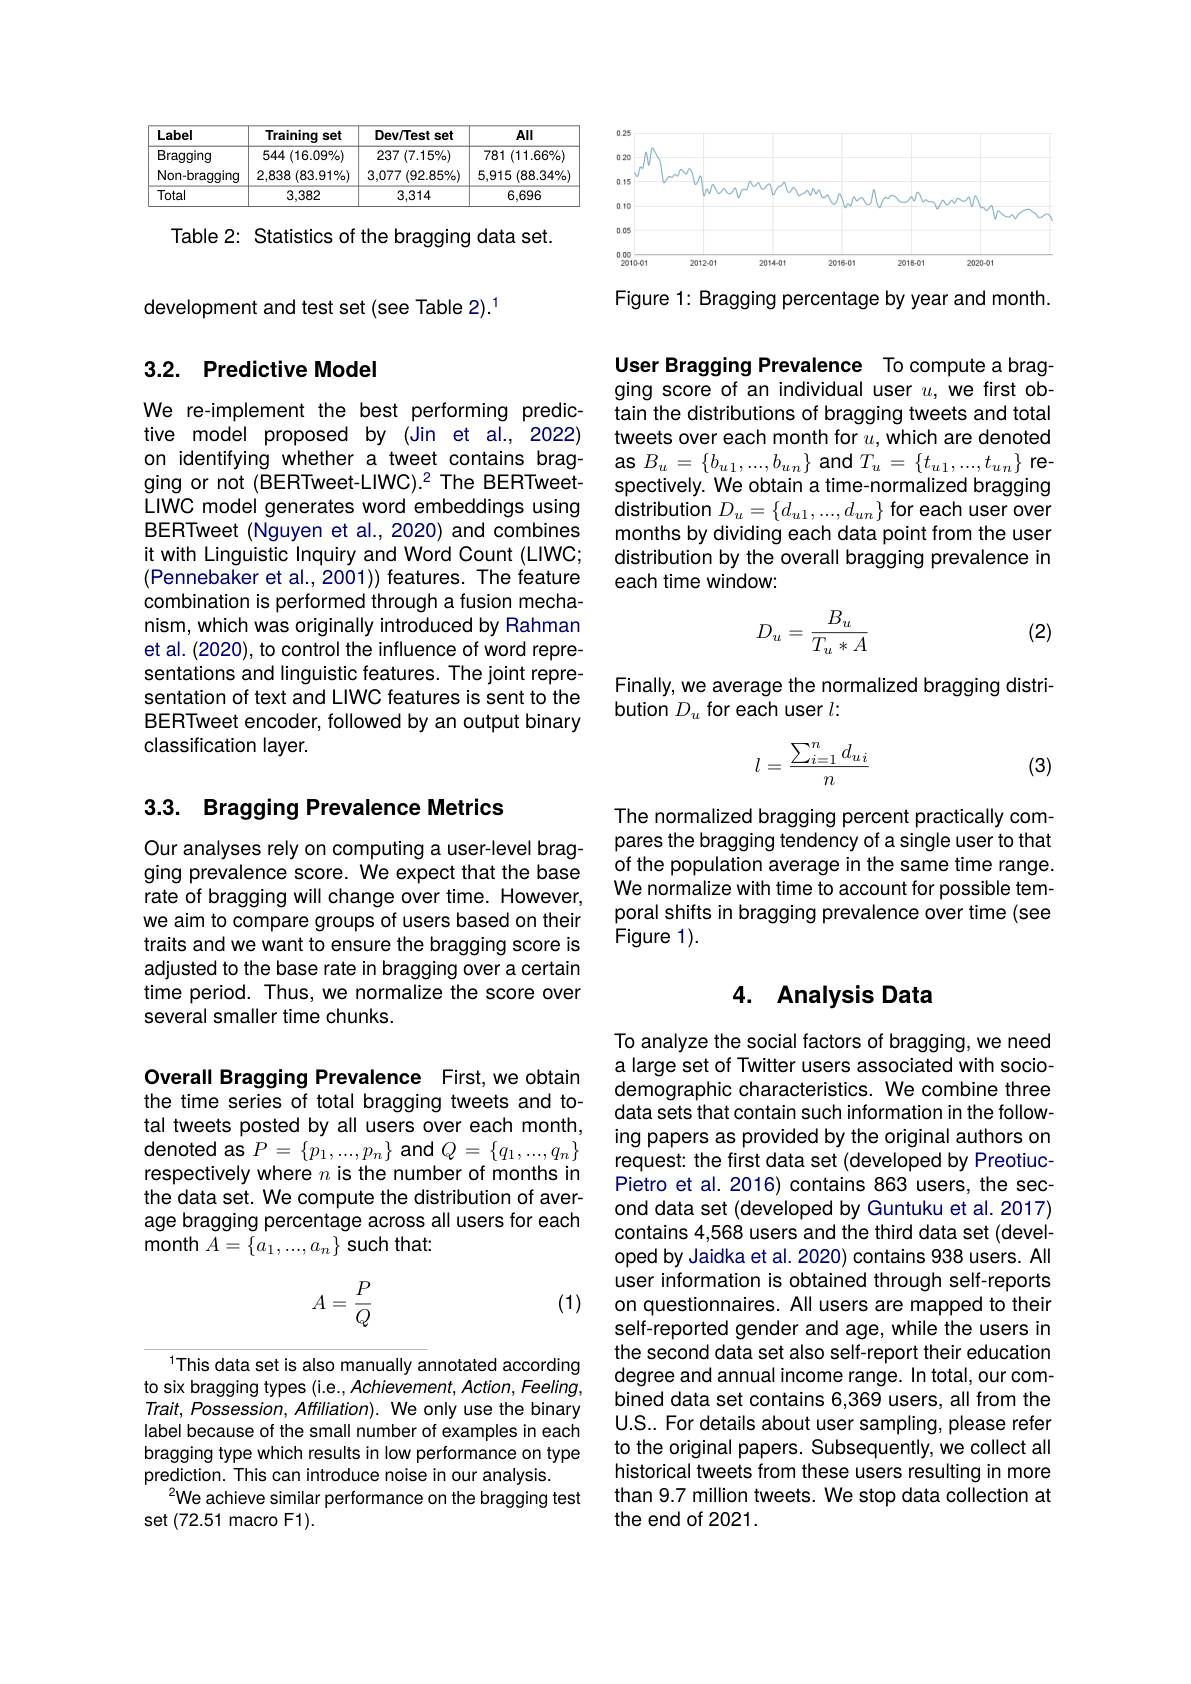
<table>
	<tbody>
		<tr>
			<th>Label</th>
			<th>Training set</th>
			<th>Dev/Test set</th>
			<th>$AII$</th>
		</tr>
		<tr>
			<td>Bragging</td>
			<td>$544\left(16.09\%\right)$</td>
			<td>237 ( $(7.15\%)$</td>
			<td>$(11.66\%)$ 781 1</td>
		</tr>
		<tr>
			<td>Non-bragging</td>
			<td>2,838 $( 83. 91\% )$</td>
			<td>3,077 $(92.85\%)$</td>
			<td>5,915 $( 88. 34\% )$</td>
		</tr>
		<tr>
			<td>Total</td>
			<td>3,382</td>
			<td>3,314</td>
			<td>6,696</td>
		</tr>
	</tbody>
</table>

Table 2: Statistics of the bragging data set.

development and test set (see Table 2).$^{1}$

## 3.2. Predictive Model

We re-implement the best performing predictive model proposed by (Jin et al., 2022) on identifying whether a tweet contains bragging or not (BERTweet-LIWC).2 The BERTweetLIWC model generates word embeddings using BERTweet (Nguyen et al., 2020) and combines it with Linguistic Inquiry and Word Count (LIWC; (Pennebaker et al.,2001)) features. The feature combination is performed through a fusion mechanism, which was originally introduced by Rahman et al. (2020), to control the influence of word representations and linguistic features. The joint representation of text and LIWC features is sent to the BERTweet encoder, followed by an output binary classification layer.

# 3.3. Bragging Prevalence Metrics

Our analyses rely on computing a user-level bragging prevalence score. We expect that the base rate of bragging will change over time. However, we aim to compare groups of users based on their traits and we want to ensure the bragging score is adjusted to the base rate in bragging over a certain time period. Thus, we normalize the score over several smaller time chunks.

Overall Bragging Prevalence First,we obtain the time series of total bragging tweets and total tweets posted by all users over each month, denoted as $P=\{p_1,...,p_n\}$ and $Q=\{q_1,...,q_n\}$ respectively where $n$ is the number of months in the data set. We compute the distribution of average bragging percentage across all users for each month $A=\{a_1,...,a_n\}$ such that:
$$A=\dfrac{P}{Q}$$
(1)

This data set is also manually annotated according to six bragging types (i.e., Achievement, Action, Feeling, Trait, Possession, Affiliation). We only use the binary label because of the small number of examples in each bragging type which results in low performance on type prediction. This can introduce noise in our analysis.
$^{2}$We achieve similar performance on the bragging test
set (72.51 macro F1).

<FigureHere>

Figure 1: Bragging percentage by year and month.

User Bragging Prevalence To compute a bragging score of an individual user $u$, we first ob-

tain the distributions of bragging tweets and total tweets over each month for $u$,which are denoted $\textbf{as}B_{u}= \{ b_{u1}, . . . , b_{un}\}$and$T_u=\{t_u1,...,t_{un}\}$respectively. We obtain a time-normalized bragging distribution $D_u=\{d_{u1},...,d_{un}\}$ for each user over months by dividing each data point from the user distribution by the overall bragging prevalence in each time window
$$D_u=\frac{B_u}{T_u*A}$$
(2)

Finally, we average the normalized bragging distri-
bution $D_u$ for each user $l:$
$$l=\frac{\sum_{i=1}^nd_{ui}}{n}$$
(3)

The normalized bragging percent practically compares the bragging tendency of a single user to that of the population average in the same time range. We normalize with time to account for possible temporal shifts in bragging prevalence over time (see Figure 1).

## 4. Analysis Data

To analyze the social factors of bragging, we need a large set of Twitter users associated with sociodemographic characteristics. We combine three data sets that contain such information in the following papers as provided by the original authors on request: the first data set (developed by PreotiucPietro et al. 2016) contains 863 users, the second data set (developed by Guntuku et al. 2017) contains 4,568 users and the third data set (developed by Jaidka et al. 2020) contains 938 users. All user information is obtained through self-reports on questionnaires. All users are mapped to their self-reported gender and age, while the users in the second data set also self-report their education degree and annual income range. In total, our combined data set contains 6,369 users, all from the U.S.. For details about user sampling, please refer to the original papers. Subsequently, we collect all historical tweets from these users resulting in more than 9.7 million tweets. We stop data collection at the end of 2021.